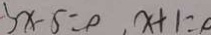
3 x - 5 = 0 , x + 1 = , 0